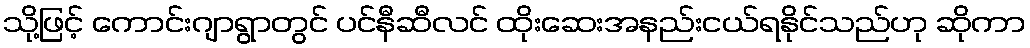
သို့ဖြင့် ကောင်းဂျာရွာတွင် ပင်နီဆီလင် ထိုးဆေးအနည်းငယ်ရနိုင်သည်ဟု ဆိုကာ